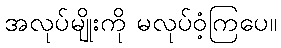
အလုပ်မျိုးကို မလုပ်ဝံ့ကြပေ။